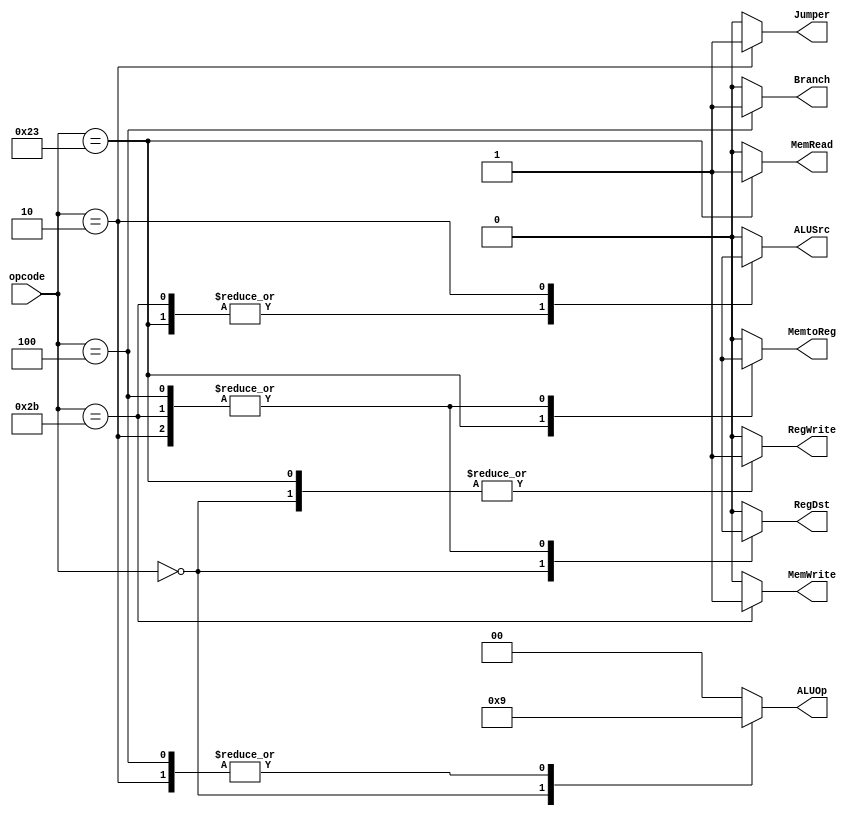
module control_pipeline(opcode, RegDst, ALUSrc, MemtoReg, RegWrite, MemRead, MemWrite, Branch, ALUOp, Jumper);
    input [5:0] opcode;
    output RegDst, ALUSrc, MemtoReg, RegWrite, MemRead, MemWrite, Branch, Jumper;
    output [1:0] ALUOp;
    reg    RegDst, ALUSrc, MemtoReg, RegWrite, MemRead, MemWrite, Branch, Jumper;
    reg    [1:0] ALUOp;

    parameter R_FORMAT = 6'd0;
    parameter LW = 6'd35;
    parameter SW = 6'd43;
    parameter BEQ = 6'd4;
    parameter J = 6'd2; // J opcode 

    always @(opcode)
    begin
        case (opcode)
          R_FORMAT : 
          begin
              RegDst=1'b1; ALUSrc=1'b0; MemtoReg=1'b0; RegWrite=1'b1; MemRead=1'b0; 
              MemWrite=1'b0; Branch=1'b0; ALUOp = 2'b10; Jumper = 1'b0;
          end
          LW :
          begin
              RegDst=1'b0; ALUSrc=1'b1; MemtoReg=1'b1; RegWrite=1'b1; MemRead=1'b1; 
              MemWrite=1'b0; Branch=1'b0; ALUOp = 2'b00; Jumper = 1'b0;
          end
          SW :
          begin
              RegDst=1'bx; ALUSrc=1'b1; MemtoReg=1'bx; RegWrite=1'b0; MemRead=1'b0; 
              MemWrite=1'b1; Branch=1'b0; ALUOp = 2'b00; Jumper = 1'b0;
          end
          BEQ :
          begin
              RegDst=1'bx; ALUSrc=1'b0; MemtoReg=1'bx; RegWrite=1'b0; MemRead=1'b0; 
              MemWrite=1'b0; Branch=1'b1; ALUOp = 2'b01; Jumper = 1'b0;
          end
          J : 
          begin 
              RegDst=1'bx; ALUSrc=1'bX; MemtoReg=1'bx; RegWrite=1'b0; MemRead=1'b0; 
              MemWrite=1'b0; Branch=1'b0; ALUOp = 2'b01; Jumper = 1'b1; 
          end 
          
          default
          begin
              $display("control_single unimplemented opcode %d", opcode);
              RegDst=1'b0; ALUSrc=1'b0; MemtoReg=1'b0; RegWrite=1'b0; MemRead=1'b0; 
              MemWrite=1'b0; Branch=1'b0; ALUOp = 2'b00; Jumper = 1'b0;
          end
        endcase
    end
endmodule